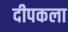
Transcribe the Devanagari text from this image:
दीपकला